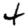
Digit: 4